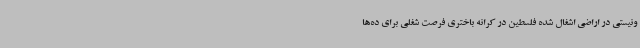
ونیستی در اراضی اشغال شده فلسطین در کرانه باختری فرصت شغلی برای ده‌ها